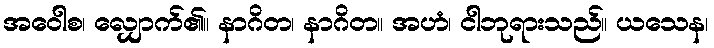
အဝေါစ၊ လျှောက်၏။ နာဂိတ၊ နာဂိတ။ အဟံ၊ ငါဘုရားသည်။ ယသေန၊